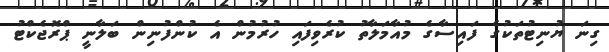
ގިނަ ޔުނިޓުތަކުގެ ފައިސާގެ މުއާމަލާތު ކުރެވިފައި ހުރުމުން އެ ކުންފުނިން ބަލާނީ ޕްރޮޖެކްޓު